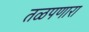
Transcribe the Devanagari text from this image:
तळपणारा